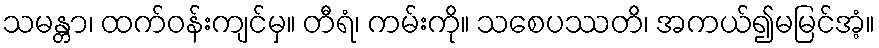
သမန္တာ၊ ထက်ဝန်းကျင်မှ။ တီရံ၊ ကမ်းကို။ သစေပဿတိ၊ အကယ်၍မမြင်အံ့။